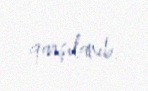
qarşılanıb.